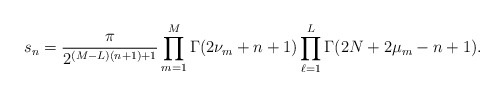
\begin{align*}s_{n}=\frac{\pi}{2^{(M-L)(n+1)+1}}\prod_{m=1}^M\Gamma(2\nu_m+n+1)\prod_{\ell=1}^L\Gamma(2N+2\mu_m-n+1).\end{align*}